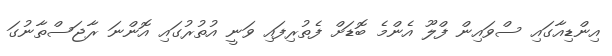
އިންޑިއާގައި ސްވައިން ފްލޫ އެންމެ ބޮޑަށް ފެތުރިިފައި ވަނީ އުތުރުގައި އޮންނަ ރާޖަސްތާނުގަަ